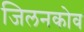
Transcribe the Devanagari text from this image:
जिलनकोव